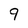
Character: 9